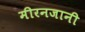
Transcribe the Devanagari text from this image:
मीरनजानी